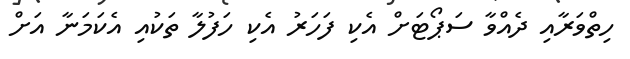
ހިތްވަރާއި ދެއްވާ ސަޕޯޓަށް އެކި ފަހަރު އެކި ހަފުލާ ތަކުއި އެކަމަނާ އަށް